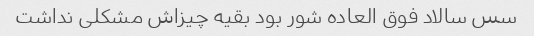
سس سالاد فوق العاده شور بود بقیه چیزاش مشکلی نداشت